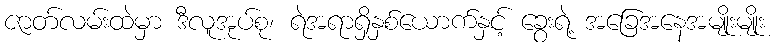
ဇာတ်လမ်းထဲမှာ ဒီလူအုပ်စု၊ ရဲအရာရှိနှစ်ယောက်နှင့် ခွေးရဲ့ အခြေအနေအမျိုးမျိုး